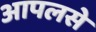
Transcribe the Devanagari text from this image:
आपलसे